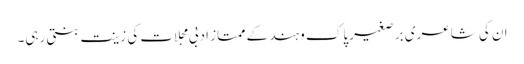
ان کی شاعری بر صغیر پاک و ہند کے ممتاز ادبی مجلات کی زینت بنتی رہی۔